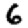
Digit: 6